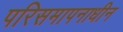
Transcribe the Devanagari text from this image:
परिसमापनाधीन